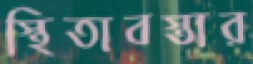
স্থিতাবস্তার